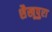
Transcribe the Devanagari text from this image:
शैखूपुरा